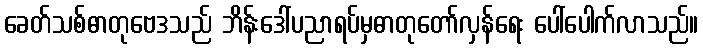
ခေတ်သစ်ဓာတုဗေဒသည် ဘိန်းဒေါ်ပညာရပ်မှဓာတုတော်လှန်ရေး ပေါ်ပေါက်လာသည်။